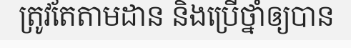
ត្រូវតែតាមដាន និងប្រើថ្នាំឲ្យបាន